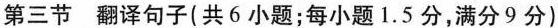
第三节 翻译句子(共6 小题;每小题 1.5 分,满分9 分)